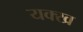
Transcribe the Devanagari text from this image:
यक्ख